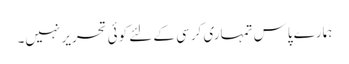
ہمارے پاس تمہاری کرسی کے لئے کوئی تحریر نہیں۔